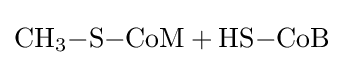
{\ce {CH3-S-CoM + HS-CoB}}